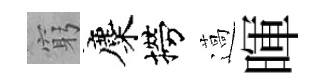
窮麋撈薖暉